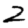
Digit: 2